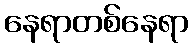
နေရာတစ်နေရာ